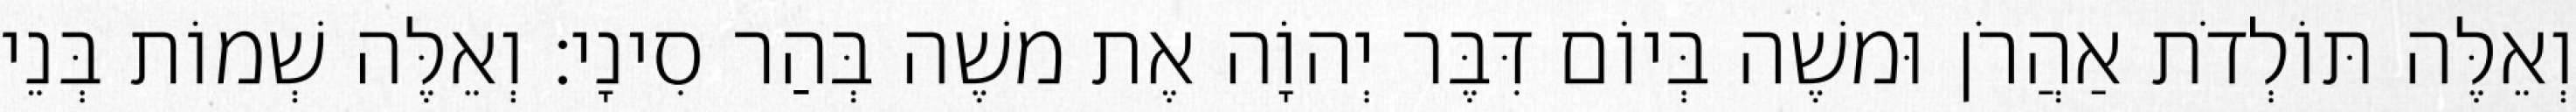
וְאֵלֶּה תּוֹלְדֹת אַהֲרֹן וּמשֶׁה בְּיוֹם דִּבֶּר יְהוָֹה אֶת משֶׁה בְּהַר סִינָי׃ וְאֵלֶּה שְׁמוֹת בְּנֵי